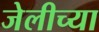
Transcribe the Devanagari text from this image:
जेलीच्या